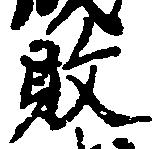
敗